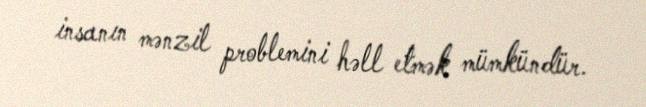
insanın mənzil problemini həll etmək mümkündür.